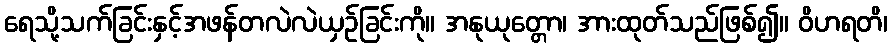
ရေသို့သက်ခြင်းနှင့်အဖန်တလဲလဲယှဉ်ခြင်းကို။ အနုယုတ္တော၊ အားထုတ်သည်ဖြစ်၍။ ဝိဟရတိ၊